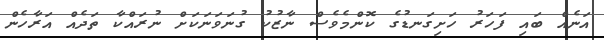
އަނެއް ބައި ފަހަރު ހަށިގަނޑުގެ ކޮންމެވެސް ނާޒުކު ގުނަވަނަކަށް ނުރައްކާ ތަދެއް އަރާހެން